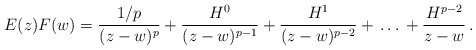
\begin{align*} E(z)F(w)=\frac{1/p}{(z-w)^{p}} +\frac{H^0}{(z-w)^{p-1}} +\frac{H^1}{(z-w)^{p-2}}+\,\dots\, +\frac{H^{p-2}}{z-w}\,.\end{align*}